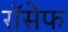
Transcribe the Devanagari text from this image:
रॉसेफ